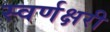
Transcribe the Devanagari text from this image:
स्वर्णक्षरी